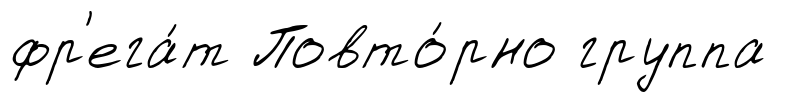
фр'ега́т Повто́рно группа